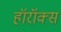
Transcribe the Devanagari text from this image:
हॉरॉक्स